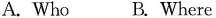
A. Who B. Where